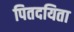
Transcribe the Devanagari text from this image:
पितदयिता